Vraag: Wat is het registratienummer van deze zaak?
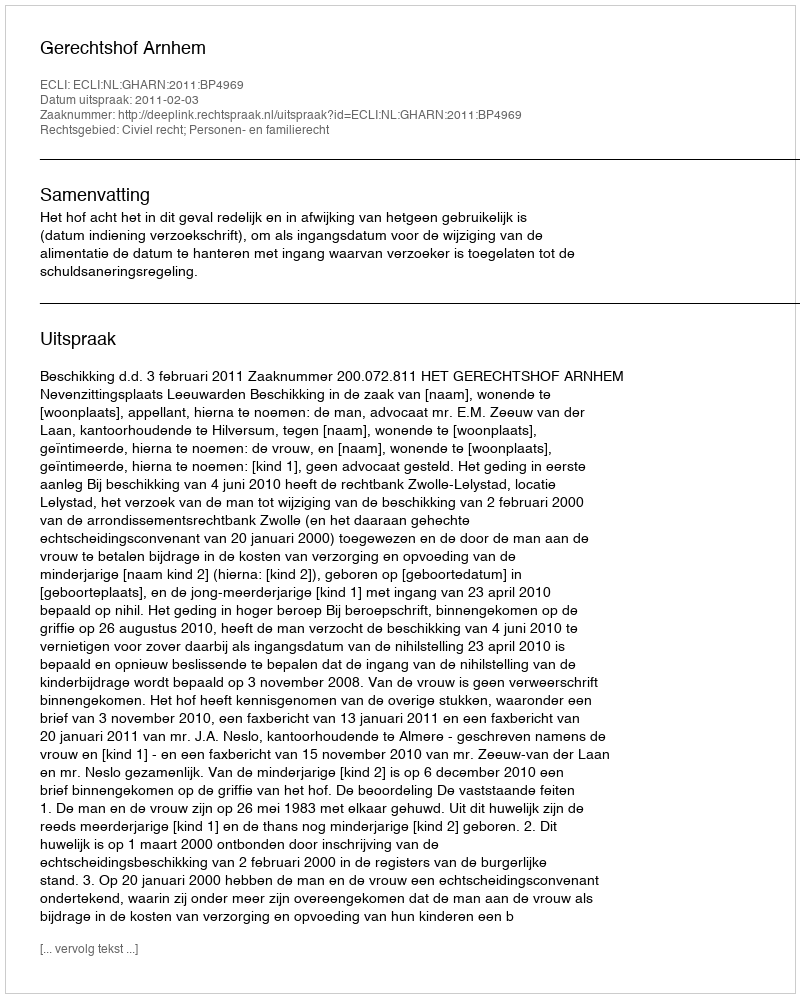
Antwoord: http://deeplink.rechtspraak.nl/uitspraak?id=ECLI:NL:GHARN:2011:BP4969